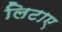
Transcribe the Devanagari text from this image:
लिटाए